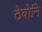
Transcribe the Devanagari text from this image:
ठेवोनि